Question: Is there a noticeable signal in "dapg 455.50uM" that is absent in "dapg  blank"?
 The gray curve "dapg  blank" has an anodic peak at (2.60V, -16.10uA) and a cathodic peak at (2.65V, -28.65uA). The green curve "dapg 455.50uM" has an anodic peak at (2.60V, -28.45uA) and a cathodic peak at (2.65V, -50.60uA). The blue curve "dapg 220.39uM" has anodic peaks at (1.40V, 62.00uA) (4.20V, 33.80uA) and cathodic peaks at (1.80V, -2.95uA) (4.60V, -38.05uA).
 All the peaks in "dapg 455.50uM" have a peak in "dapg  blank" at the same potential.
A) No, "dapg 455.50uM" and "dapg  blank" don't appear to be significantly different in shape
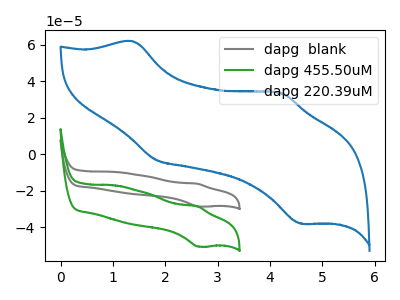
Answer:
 <answer>A) No, "dapg 455.50uM" and "dapg  blank" don't appear to be significantly different in shape</answer>
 <eval>A</eval>